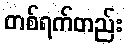
တစ်ရက်တည်း